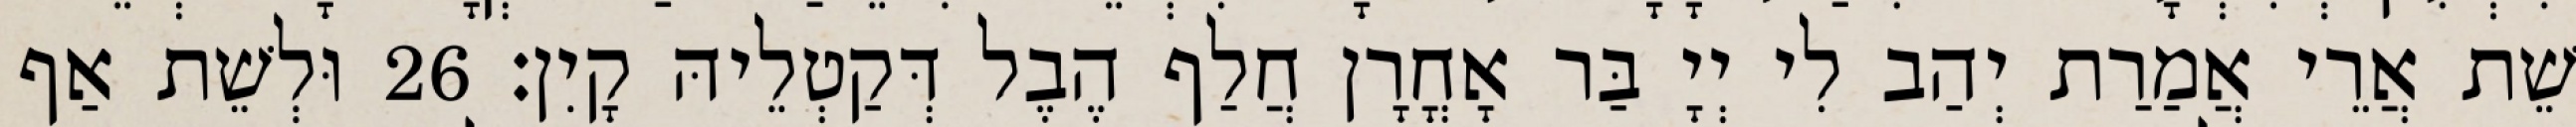
שֵׁת אֲרֵי אֲמַרַת יְהַב לִי יְיָ בַּר אָחֳרָן חֲלַף הֶבֶל דְּקַטְלֵיהּ קָיִן׃ 26 וּלְשֵׁת אַף